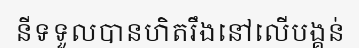
នីទទួលបានហិតរឹងនៅលើបង្គន់